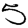
Digit: 5